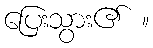
ပြေးသွား၏ ။